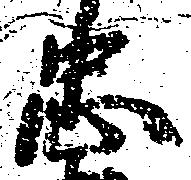
忠